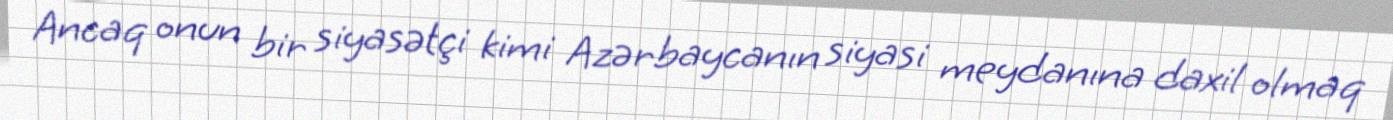
Ancaq onun bir siyasətçi kimi Azərbaycanın siyasi meydanına daxil olmaq